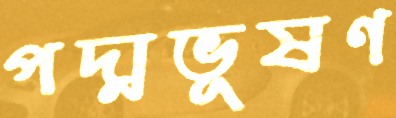
পদ্মভূষণ